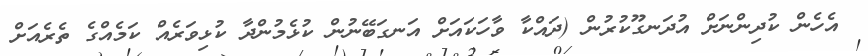
އެހެން ކުދިންނަށް އުދަނގޫކުރުން (ދައްކާ ވާހަކައަށް އަނގަބޭނުން ކުޅެމުންދާ ކުޅިވަރެއް ކަމެއްގެ ތެރެއަށް